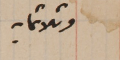
وثلاثمايه